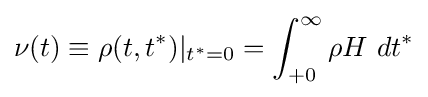
\nu (t)\equiv \rho (t,t^{*})\vert _{t^{*}=0}=\int _{+0}^{\infty }\rho H~dt^{*}